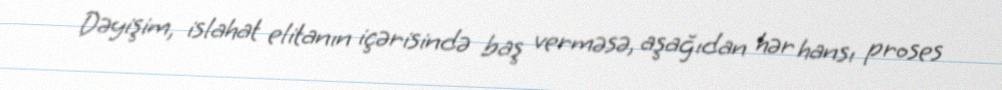
Dəyişim, islahat elitanın içərisində baş verməsə, aşağıdan hər hansı proses